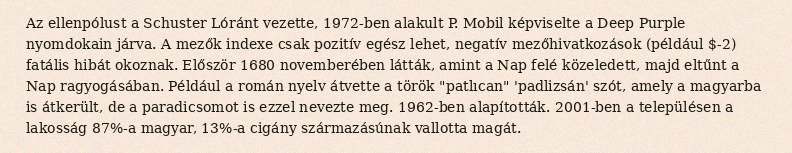
Az ellenpólust a Schuster Lóránt vezette, 1972-ben alakult P. Mobil képviselte a Deep Purple nyomdokain járva. A mezők indexe csak pozitív egész lehet, negatív mezőhivatkozások (például $-2) fatális hibát okoznak. Először 1680 novemberében látták, amint a Nap felé közeledett, majd eltűnt a Nap ragyogásában. Például a román nyelv átvette a török "patlıcan" 'padlizsán' szót, amely a magyarba is átkerült, de a paradicsomot is ezzel nevezte meg. 1962-ben alapították. 2001-ben a településen a lakosság 87%-a magyar, 13%-a cigány származásúnak vallotta magát.